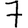
Digit: 7